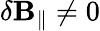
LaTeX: \delta\mathbf{B}_{\parallel}\ne0